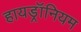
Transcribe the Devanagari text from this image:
हायड्रॉनियम